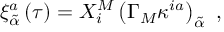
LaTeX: \xi _ { \tilde { \alpha } } ^ { a } \left( \tau \right) = X _ { i } ^ { M } \left( \Gamma _ { M } \kappa ^ { i a } \right) _ { \tilde { \alpha } } \, \, ,